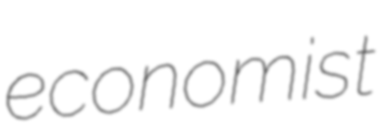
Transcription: economist